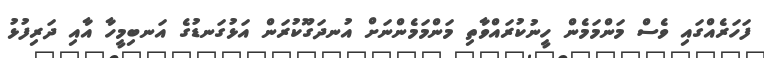
ފަހަރެއްގައި ވެސް މަންމަމެން ހީނުކުރައްވާތި މަންމަމެންނަށް އުނދަގޫކުރަން އަޅުގަނޑުގެ އަނބިމީހާ އާއި ދަރިފުޅު